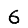
Digit: 6